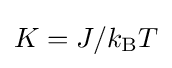
K=J/k_{\rm {B}}T